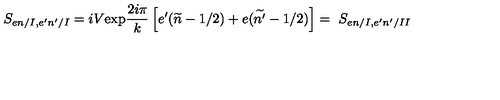
S _ { e n / I , e ^ { \prime } n ^ { \prime } / I } = i V \mathrm { e x p } \frac { 2 i \pi } { k } \left[ e ^ { \prime } ( \widetilde { n } - 1 / 2 ) + e ( \widetilde { n ^ { \prime } } - 1 / 2 ) \right] = \ S _ { e n / I , e ^ { \prime } n ^ { \prime } / I I }